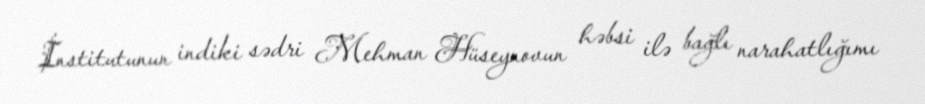
İnstitutunun indiki sədri Mehman Hüseynovun həbsi ilə bağlı narahatlığımı